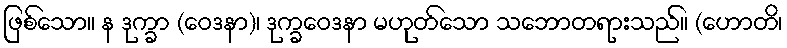
ဖြစ်သော။ န ဒုက္ခာ (ဝေဒနာ)၊ ဒုက္ခဝေဒနာ မဟုတ်သော သဘောတရားသည်။ (ဟောတိ၊